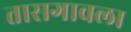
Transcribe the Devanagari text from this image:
तासगावला